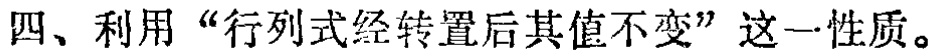
四、利用“行列式经转置后其值不变”这一性质。